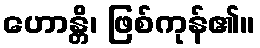
ဟောန္တိ၊ ဖြစ်ကုန်၏။